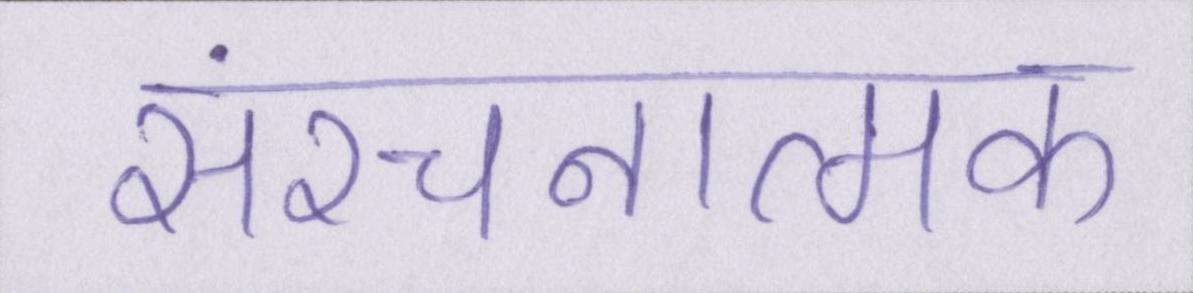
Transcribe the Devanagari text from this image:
संरचनात्मक